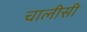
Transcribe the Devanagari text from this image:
चालीसी